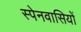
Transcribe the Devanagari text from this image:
स्‍पेनवासियों